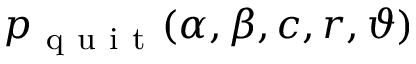
p _ { \mathrm { ~ q ~ u ~ i ~ t ~ } } ( \alpha , \beta , c , r , \vartheta )